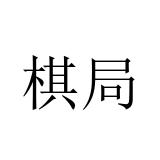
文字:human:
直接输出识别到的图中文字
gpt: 棋局